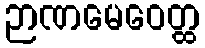
ဉာဏမေဝေတ္ထ